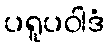
ပရူပဝါဒံ